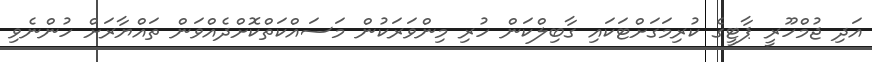
އަދި ޖުމްހޫރީ ޕާޓީގެ ކުރިމަގަށްޓަކައި ގާބިލްކަން ހުރި މިންވަރަކުން މަސައްކަތްކޮށްދެއްވަން ތައްޔާރަށް ހުންނެވި